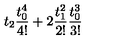
t _ { 2 } \frac { t _ { 0 } ^ { 4 } } { 4 ! } + 2 \frac { t _ { 1 } ^ { 2 } } { 2 ! } \frac { t _ { 0 } ^ { 3 } } { 3 ! }